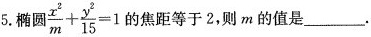
5.椭圆$$\frac{x^{2}}{m}+ \frac{y^{2}}{15}=1$$ 的焦距等于2，则m的值是___.